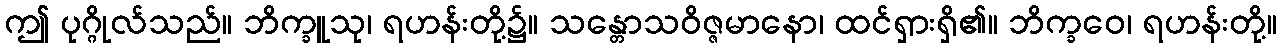
ဤ ပုဂ္ဂိုလ်သည်။ ဘိက္ခူသု၊ ရဟန်းတို့၌။ သန္တောသဝိဇ္ဇမာနော၊ ထင်ရှားရှိ၏။ ဘိက္ခဝေ၊ ရဟန်းတို့။